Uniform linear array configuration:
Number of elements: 64
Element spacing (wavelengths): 0.75
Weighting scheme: kaiser
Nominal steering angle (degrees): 30
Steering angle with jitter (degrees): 31.596
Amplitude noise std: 0.05
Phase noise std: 0.05

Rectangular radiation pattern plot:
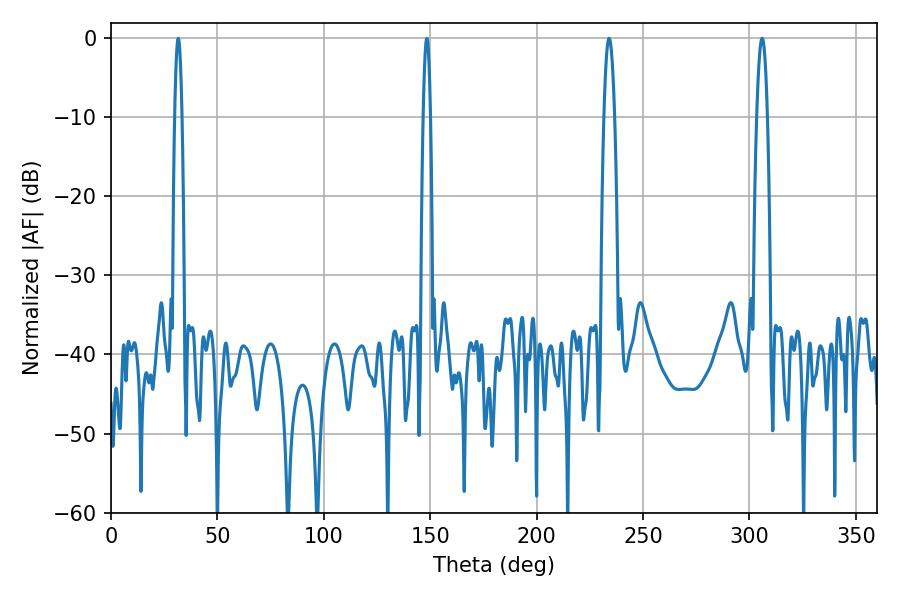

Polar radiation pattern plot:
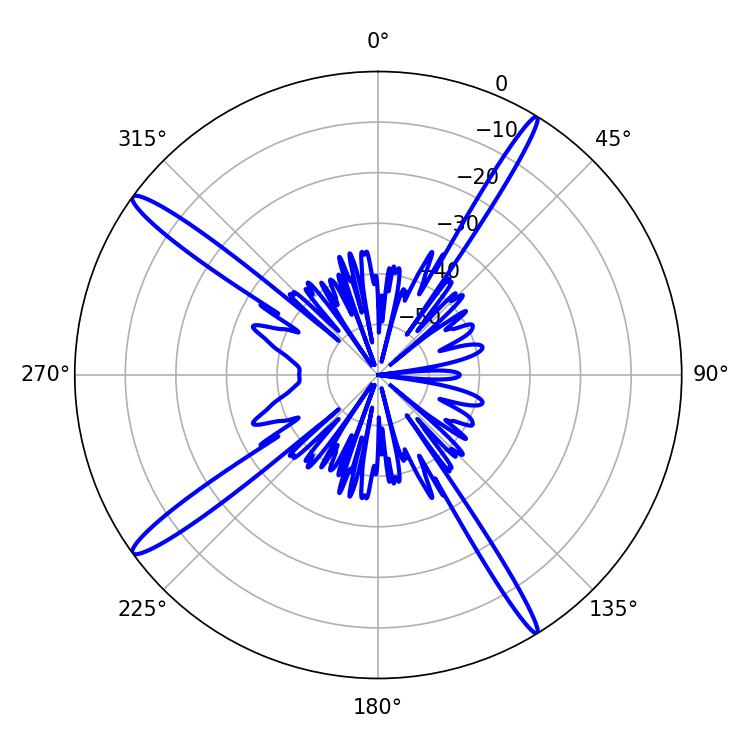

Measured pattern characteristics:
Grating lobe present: TRUE
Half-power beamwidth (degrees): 2.7
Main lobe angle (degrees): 306